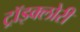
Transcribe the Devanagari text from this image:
ट्रॉइक्लोरी